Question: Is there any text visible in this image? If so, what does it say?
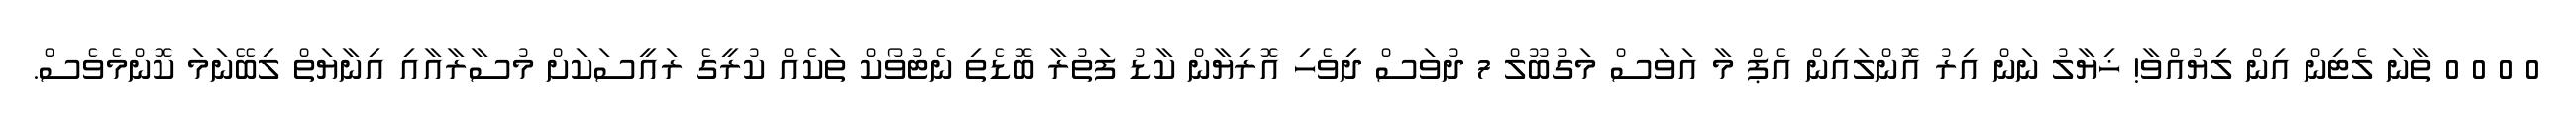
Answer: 0 0 0 0 ތާނަ ލެޓިން އިން ލިޔުއްވާ! ޚިޔާލު ނަން އިރު އޮންލައިން އެޕް މާ އަވަސް މަގުބޫލް 7 ދުވަސް ދިވެހި އޮރިޔާން ކާޑު ފަތުރާ ބޮޑެތި ނެޓުވޯކް ތަކެއް ކުރީގެ ރައީސަކަށް މުސާރާއާއި އިނާޔަތް ލިބޭނަމަ ކޮންމެވެސް.